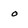
Character: o